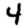
Digit: 4